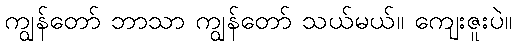
ကျွန်တော် ဘာသာ ကျွန်တော် သယ်မယ်။ ကျေးဇူးပဲ။